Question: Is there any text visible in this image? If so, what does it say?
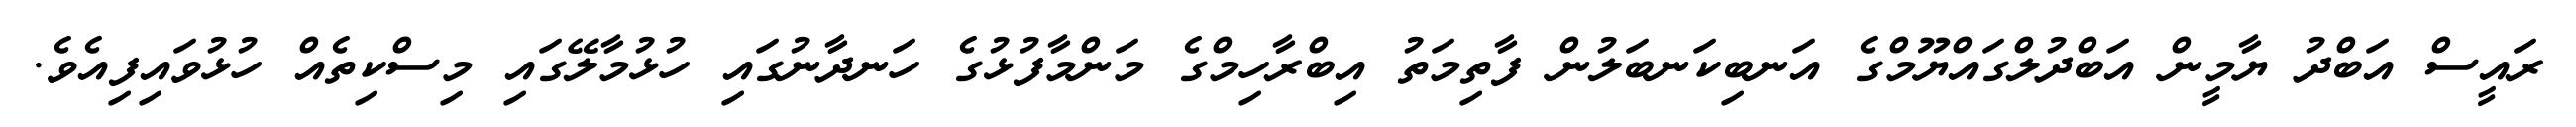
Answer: ރައީސް އަބްދު ޔާމީން އަބްދުލްގައްޔޫމްގެ އަނބިކަނބަލުން ފާތިމަތު އިބްރާހިމްގެ މަންމާފުޅުގެ ހަނދާނުގައި ހުޅުމާލޭގައި މިސްކިތެއް ހުޅުވައިފިއެވެ.